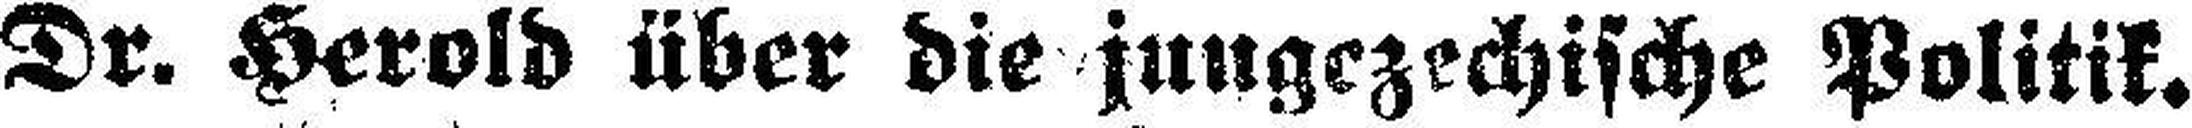
Dr. Herold über die jungczechische Politik.